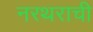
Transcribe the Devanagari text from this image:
नरथराची